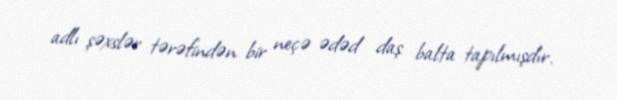
adlı şəxslər tərəfindən bir neçə ədəd daş balta tapılmışdır.